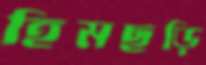
হিমছড়ি